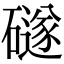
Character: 礈